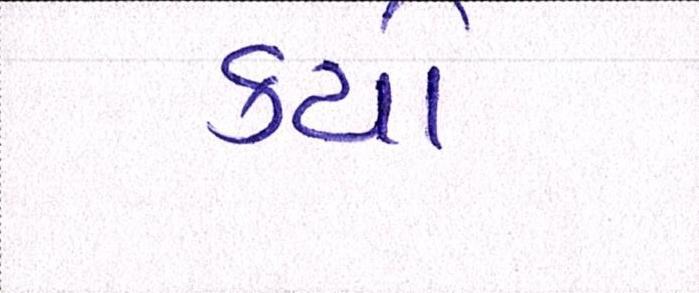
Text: કયો